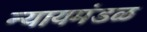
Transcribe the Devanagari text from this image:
न्यायमंडळ